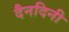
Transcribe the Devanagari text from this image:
दैनदिनी